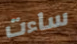
ساءت